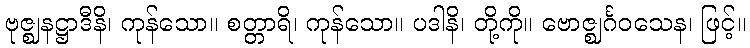
ဗုဇ္ဈနဋ္ဌာဒီနိ၊ ကုန်သော။ စတ္တာရိ၊ ကုန်သော။ ပဒါနိ၊ တို့ကို။ ဗောဇ္ဈင်္ဂဝသေန၊ ဖြင့်။